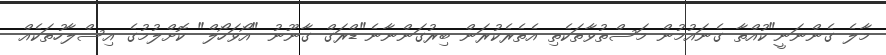
މާލެ ގެންނަނީ"ކުުއްތާ ގެނައުމުން މަސްތުވާތަކެތި އެތެރެކުރަން ބިރުގަންނާނެ"ޑްރަގް ގާނޫނު "އޯވަހޯލް" ކޮށްލުމުގެ އިސްލާހުތަކެއް